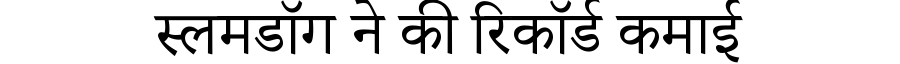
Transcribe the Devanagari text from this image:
स्लमडॉग ने की रिकॉर्ड कमाई